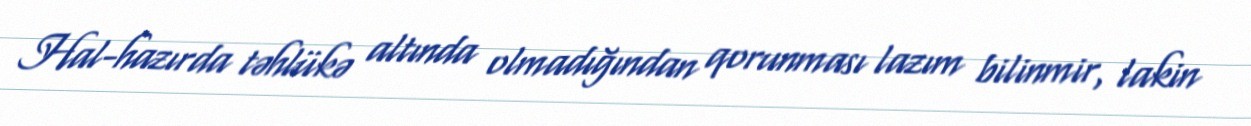
Hal-hazırda təhlükə altında olmadığından qorunması lazım bilinmir, lakin